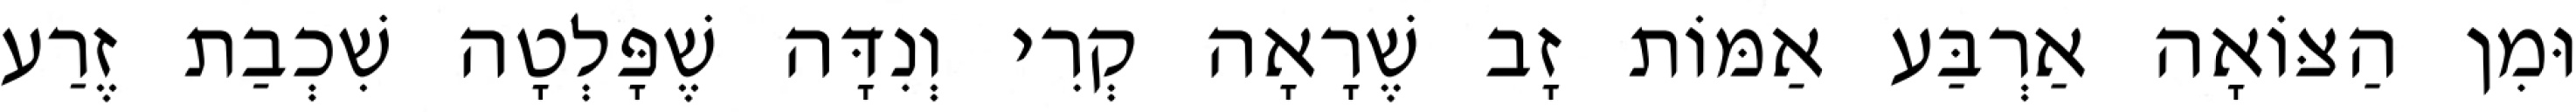
וּמִן הַצּוֹאָה אַרְבַּע אַמּוֹת זָב שֶׁרָאָה קְרִי וְנִדָּה שֶׁפָּלְטָה שִׁכְבַת זֶרַע